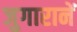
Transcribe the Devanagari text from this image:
जुगारानें